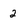
Character: 2